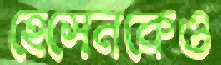
হেসেনকেও